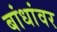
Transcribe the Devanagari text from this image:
बांधांवर